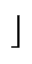
\rfloor